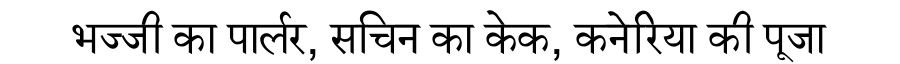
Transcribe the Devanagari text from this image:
भज्जी का पार्लर, सचिन का केक, कनेरिया की पूजा